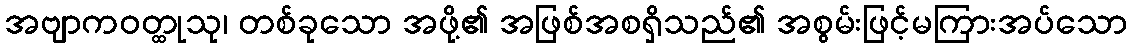
အဗျာကဝတ္ထုသု၊ တစ်ခုသော အဖို့၏ အဖြစ်အစရှိသည်၏ အစွမ်းဖြင့်မကြားအပ်သော